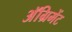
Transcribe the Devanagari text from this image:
अॅग्रिमेंट